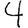
Digit: 4